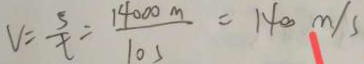
V = \frac { S } { t } = \frac { 1 4 0 0 0 m } { 1 0 s } = 1 4 0 0 m / s